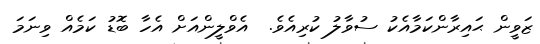
ޒަވީން ޙައިރާންކަމާއެކު ސުވާލު ކުރިއެވެ.  އެވްލީންއަށް އެހާ ބޮޑު ކަމެއް ވިނަމަ